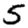
Digit: 5